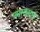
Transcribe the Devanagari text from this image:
नमस्कारान्